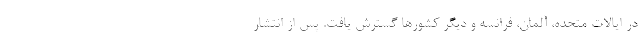
در ایالات متحده، آلمان، فرانسه و دیگر کشورها گسترش یافت. پس از انتشار